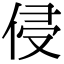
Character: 侵